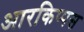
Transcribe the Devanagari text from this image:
आरकिप्पस